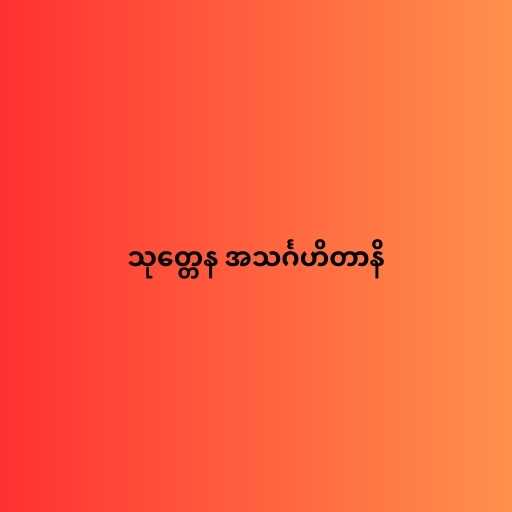
သုတ္တေန အသင်္ဂဟိတာနိ